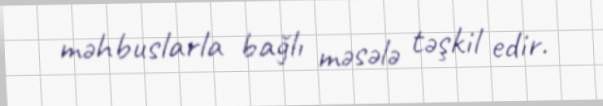
məhbuslarla bağlı məsələ təşkil edir.